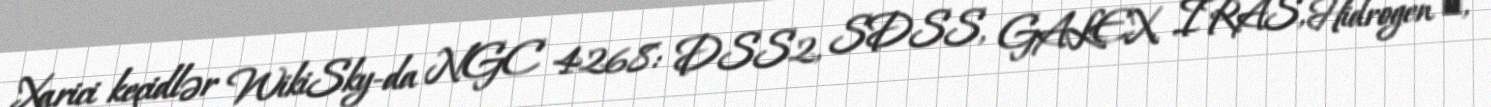
Xarici keçidlər WikiSky-da NGC 4268: DSS2, SDSS, GALEX, IRAS, Hidrogen α,